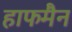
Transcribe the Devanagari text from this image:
हाफमैन